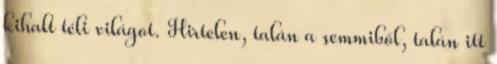
kihalt téli világot. Hirtelen, talán a semmiből, talán itt